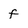
Character: f